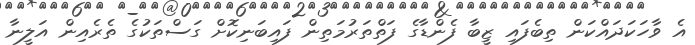
އެ ވާހަކަދައްކަން ތިބެފައި ޒީބާ ފެންޑާގެ ފަތްތަރުމަތިން ފައިބަނިކޮށް ގަސްތަކުގެ ތެރެއިން އަލީނާ